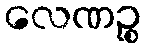
လေဏဉ္စ